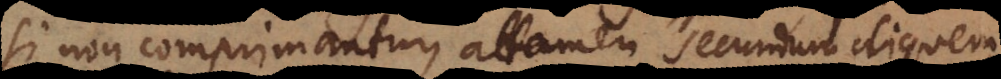
si non comprimantur, attamen secundum aliquem